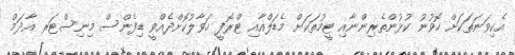
އެކިވަނަތަކަށް ހޮވުނު ކުޅުންތެރިންނާއި ޓީމުތަކަށް މެޑަލްއާއި ޓްރޮފީ ހަވާލުކޮށްދެއްވީ ޑިފެންސް މިނިސްޓަރ އާދަމް